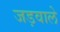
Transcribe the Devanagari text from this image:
जड़वाले